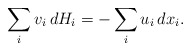
\begin{align*}\sum_i v_i \,dH_i = -\sum_i u_i \,dx_i.\end{align*}